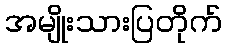
အမျိုးသားပြတိုက်